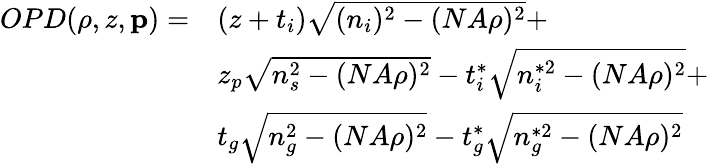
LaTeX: \begin{array}{cl}{OPD(\rho,z,\textbf{p})=}&{(z+t_{i})\sqrt{(n_{i})^{2}-(NA\rho)^{2}}+}\\ &{z_{p}\sqrt{n_{s}^{2}-(NA\rho)^{2}}-t_{i}^{*}\sqrt{n_{i}^{*2}-(NA\rho)^{2}}+}\\ &{t_{g}\sqrt{n_{g}^{2}-(NA\rho)^{2}}-t_{g}^{*}\sqrt{n_{g}^{*2}-(NA\rho)^{2}}}\end{array}